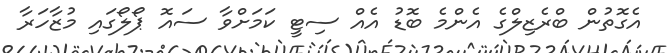
އެގޮތުން ބްރެޒިލްގެ އެންމެ ބޮޑު އެއް ސިޓީ ކަމަށްވާ ސައޮ ޕޯލޯގައި މުޒާހަރާ